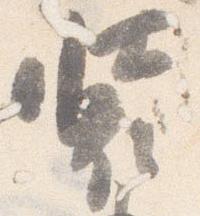
装